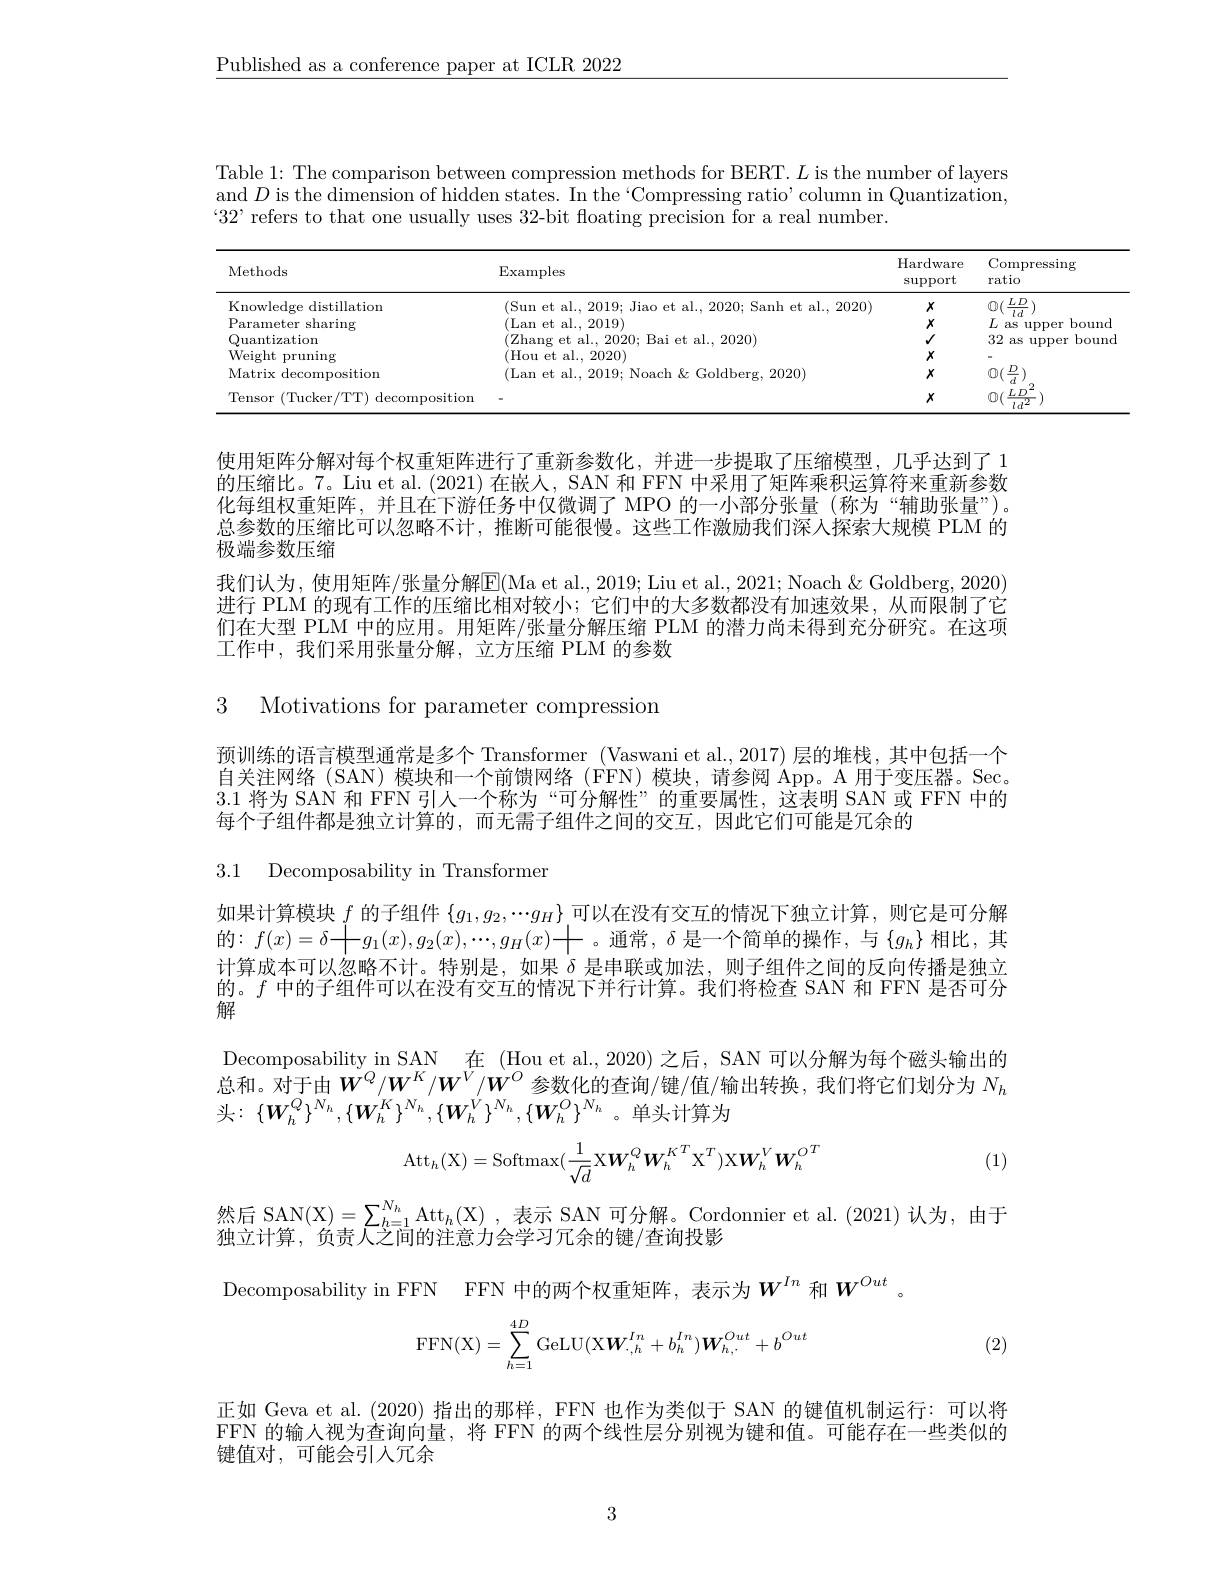
$\underline{\text{Published as a conference paper at ICLR 2022}}$

bounc

bound

Table 1: The comparison between compression methods for BERT. $L$ is the number of layers and $D$ is the dimension of hidden states. In the‘Compressing ratio’column in Quantization, $32’$ refers to that one usually uses 32-bit floating precision for a real number.

<table>
	<tbody>
		<tr>
			<th>Methods</th>
			<th>$\operatorname{Examples}$</th>
			<th>$\operatorname{Hardware}$ support</th>
			<th>Com ratio</th>
		</tr>
		<tr>
			<td>Knowledge distillation</td>
			<td>Sun $a|$ 2020</td>
			<td>$X$</td>
			<td>$L.$ 0</td>
		</tr>
		<tr>
			<td>aring</td>
			<td>(Lan et al., 2019)</td>
			<td>$X$</td>
			<td>$L$ as</td>
		</tr>
		<tr>
			<td>Quantization</td>
			<td>1 2020</td>
			<td>$√$</td>
			<td>32 as</td>
		</tr>
		<tr>
			<td>Weight t pruning</td>
			<td>(Hou et al., 2020)</td>
			<td>$X$</td>
			<td>-</td>
		</tr>
		<tr>
			<td>Matrix decomposition</td>
			<td>$(1,an)$ 2020 oldh</td>
			<td>$X$</td>
			<td>$\frac{D}{d}$ $\textcircled{1}(\frac{1}{2})$ - </td>
		</tr>
		<tr>
			<td>Tensor (Tucker/TT) decomposition</td>
			<td> </td>
			<td>$X$</td>
			<td>$\underline{L}$ $\textcircled{1}($</td>
		</tr>
	</tbody>
</table>

使用矩阵分解对每个权重矩阵进行了重新参数化，并进一步提取了压缩模型，几乎达到了1的压缩比。7。Liu et al. (2021) 在嵌人，SAN 和 FFN 中采用了矩阵乘积运算符来重新参数化每组权重矩阵，并且在下游任务中仅微调了 MPO 的一小部分张量(称为“辅助张量”)。总参数的压缩比可以忽略不计，推断可能很慢。这些工作激励我们深人探索大规模 PLM 的极端参数压缩
我们认为，使用矩阵/张量分解$\overline{\mathrm{E}}($Ma et al., 2019; Liu et al., 2021; Noach $\&$ Goldberg, 2020) 进行 PLM 的现有工作的压缩比相对较小；它们中的大多数都没有加速效果，从而限制了它们在大型 PLM 中的应用。用矩阵/张量分解压缩 PLM 的潜力尚未得到充分研究。在这项工作中，我们采用张量分解，立方压缩 PLM 的参数

3 Motivations for parameter compression

预训练的语言模型通常是多个 Transformer (Vaswani et al., 2017)层的堆栈，其中包括一个自关注网络 (SAN)模块和一个前馈网络 (FFN)模块，请参阅 App。A 用于变压器。Sec。3.1将为 SAN 和 FFN 引人一个称为“可分解性”的重要属性，这表明 SAN 或 FFN 中的每个子组件都是独立计算的，而无需子组件之间的交互，因此它们可能是冗余的
3.1 Decomposability in Transformer

如果计算模块$f$的子组件$\{g_1,g_2,\cdotp\cdotp\cdotp g_H\}$可以在没有交互的情况下独立计算，则它是可分解的$:f(x)=\delta$十$g_1(x),g_2(x),\cdots,g_H(x)$十。通常，$\delta$ 是一个简单的操作，与$\left\{g_h\right\}$相比，其计算成本可以忽略不计。特别是，如果$\delta$是串联或加法，则子组件之间的反向传播是独立的。$f$中的子组件可以在没有交互的情况下并行计算。我们将检查 SAN 和 FFN 是否可分解

Decomposability in SAN 在 (Hou et al., 2020) 之后，SAN 可以分解为每个磁头输出的总和。对于由$W^Q/W^K/W^V/W^O$参数化的查询/键/值/输出转换，我们将它们划分为 $N_h$ 头：$\{W_{h}^{Q}\}^{{N_{h}}},\{W_{h}^{{^{\prime}K}}\}^{{N_{h}}},\{W_{h}^{{^{\prime}}}\}^{{N_{h}}},\{W_{h}^{O}\}^{{N_{h}}}$。单头计算为
$$\mathrm{Att}_{h}(\mathrm{X})=\mathrm{Softmax}(\frac{1}{\sqrt{d}}\mathrm{X}W_{h}^{Q}W_{h}^{K^{T}}\mathrm{X}^{T})\mathrm{X}W_{h}^{V}W_{h}^{O^{T}}$$
(1)

然后 SAN(X)$= \sum _h= 1^{N_h}\mathrm{Att}_h( \mathcal{X} )$ ,表示 SAN 可分解。Cordonnier et al.(2021)认为，由于
他立计算、负责人之间的注意力会学习冗余的键/香询投影
Decomposability in FFN FFN 中的两个权重矩阵，表示为$W^{In}$ 和 $W^{Out}$。
$$\mathrm F\mathrm F\mathrm N(\mathrm X)=\sum\limits_{h=1}^{4D}\mathrm G\mathrm e\mathrm L\mathrm U(\mathrm X\mathbf W_{\cdot,h}^{In}+b_h^{In})\boldsymbol W_{h,\cdot}^{Out}+b^{Out}$$
(2)

正如 Geva et al.(2020) 指出的那样，FFN 也作为类似于 SAN 的键值机制运行：可以将FFN 的输入视为查询向量，将 FFN 的两个线性层分别视为键和值。可能存在一些类似的键值对，可能会引人冗余

3